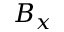
B _ { x }